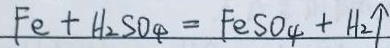
F e + H _ { 2 } S O _ { 4 } = F e S O _ { 4 } + H _ { 2 } \uparrow